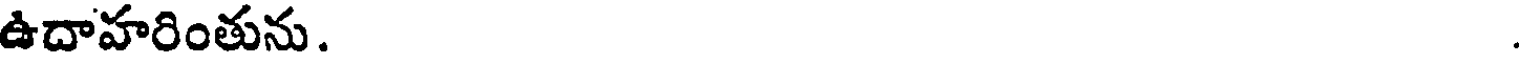
ఉదాహరింతును.